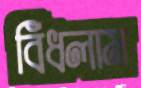
বিঁধলাম